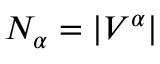
N _ { \alpha } = | V ^ { \alpha } |